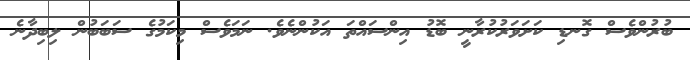
ބުރުންވެސް ގޮނޑި ކަށަވަރުކުރާނީ ބޮޑު އިންސައްތަ އަކުންނެވެ. ނަމަވެސް މިކަމުގެ ސަބަބުން ލިބިދާނެ